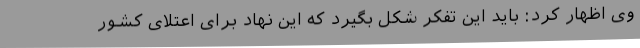
وی اظهار کرد: باید این تفکر شکل بگیرد که این نهاد برای اعتلای کشور